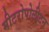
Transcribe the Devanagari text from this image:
मीटरोपोलीटन